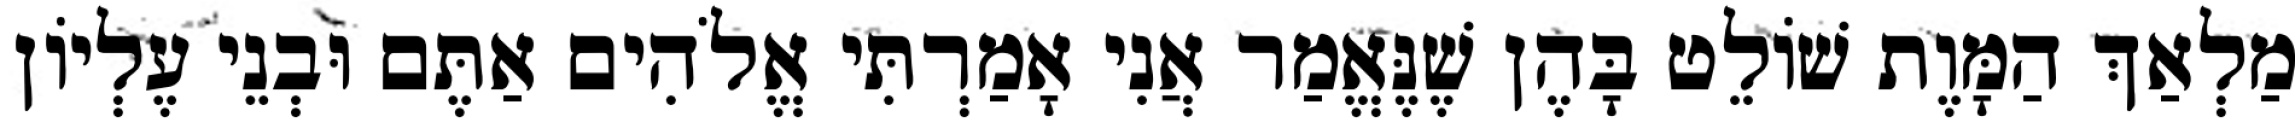
מַלְאַךְ הַמָּוֶת שׁוֹלֵט בָּהֶן שֶׁנֶּאֱמַר אֲנִי אָמַרְתִּי אֱלֹהִים אַתֶּם וּבְנֵי עֶלְיוֹן